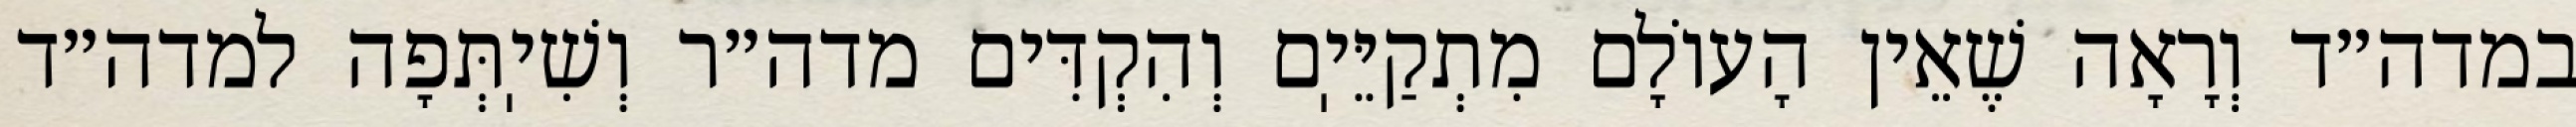
במדה״ד וְרָאָה שֶׁאֵין הָעוֹלָם מִתְקַיֵּיֽם וְהִקְדִּים מדה״ר וְשִׁיֽתְּפָה למדה״ד